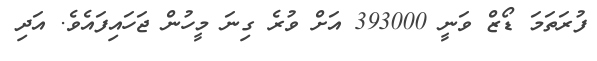
ފުރަތަމަ ޑޯޒް ވަނީ 393000 އަށް ވުރެ ގިނަ މީހުން ޖަހައިފައެވެ. އަދި